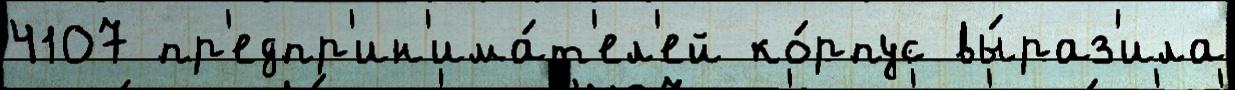
4107 пр'едпр'ин'има́т'ел'ей ко́рпус вы́раз'ила